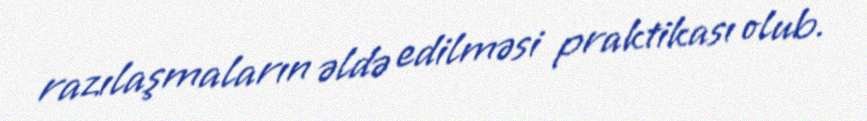
razılaşmaların əldə edilməsi praktikası olub.